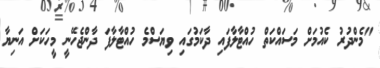
"މެންދުރު ކެއުމަށް މަސައްކަތް ހުއްޓާލާފައި ދާކަމުގައި ވިޔަސްމެ ހުއްޓާލާފަ ދާންޖެހޭނީ މީހަކަށް އަނިޔާ